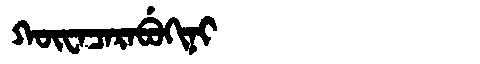
Manchu: ᡴᡡᠸᠠᠴᠠᡵᠠᠪᡠᡴᡳᠨᡳ
Romanization: KŪWACARABUKINI